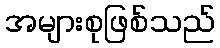
အများစုဖြစ်သည်